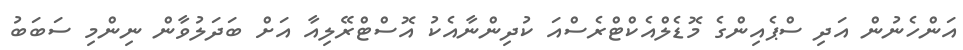
އަންހެނުން އަދި ސްޕެއިންގެ މޮޑެލްއެކްޓްރެސްއަ ކުދިންނާއެކު އޮސްޓްރޭލިއާ އަށް ބަދަލުވާން ނިންމި ސަބަބު